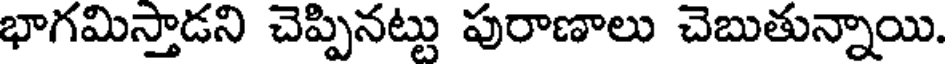
భాగమిస్తాడని చెప్పినట్టు పురాణాలు చెబుతున్నాయి.